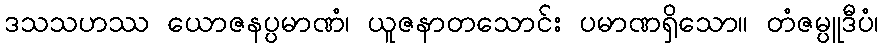
ဒသသဟဿ ယောဇနပ္ပမာဏံ၊ ယူဇနာတသောင်း ပမာဏရှိသော။ တံဇမ္ပူဒီပံ၊